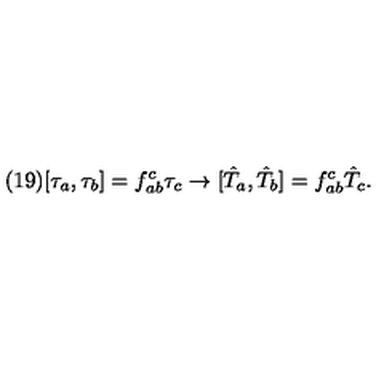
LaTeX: ( 1 9 ) [ \tau _ { a } , \tau _ { b } ] = f _ { a b } ^ { c } \tau _ { c } \rightarrow [ \hat { T } _ { a } , \hat { T } _ { b } ] = f _ { a b } ^ { c } \hat { T } _ { c } .